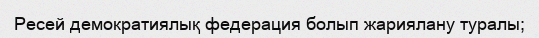
Ресей демократиялық федерация болып жариялану туралы;